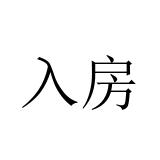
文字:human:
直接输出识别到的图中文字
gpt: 入房